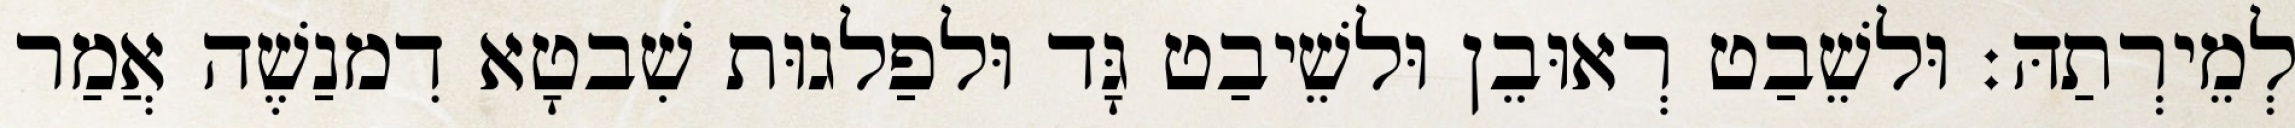
לְמֵירְתַהּ׃ וּלשֵׁבַט רְאוּבֵן וּלשֵׁיבַט גָּד וּלפַלגוּת שִׁבטָא דִמנַשֶׁה אֲמַר